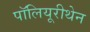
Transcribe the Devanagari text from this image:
पॉलियूरीथेन